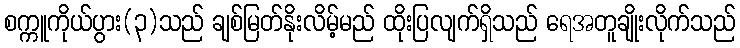
စက္ကူကိုယ်ပွား(၃)သည် ချစ်မြတ်နိုးလိမ့်မည် ထိုးပြလျက်ရှိသည် ရေအတူချိုးလိုက်သည်